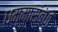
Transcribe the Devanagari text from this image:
धम्मासंबंधी